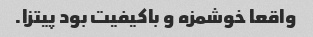
واقعا خوشمزه و باکیفیت بود پیتزا.